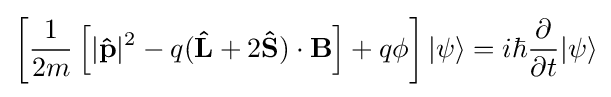
\left[{\frac {1}{2m}}\left[|\mathbf {\hat {p}} |^{2}-q(\mathbf {\hat {L}} +2\mathbf {\hat {S}} )\cdot \mathbf {B} \right]+q\phi \right]|\psi \rangle =i\hbar {\frac {\partial }{\partial t}}|\psi \rangle